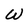
Character: W